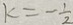
k = - \frac { 1 } { 2 }